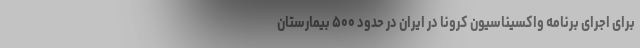
برای اجرای برنامه واکسیناسیون کرونا در ایران در حدود ۵۰۰ بیمارستان